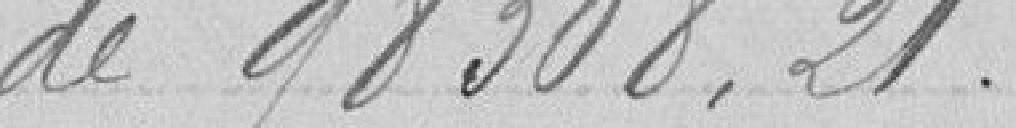
de 98.308,21.